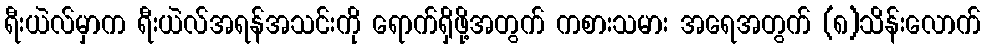
ရီးယဲလ်မှာက ရီးယဲလ်အရန်အသင်းကို ရောက်ရှိဖို့အတွက် ကစားသမား အရေအတွက် (၈)သိန်းလောက်